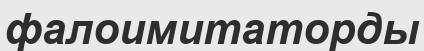
фалоимитаторды